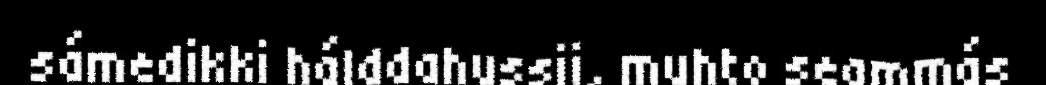
sámedikki hálddahussii, muhto seammás